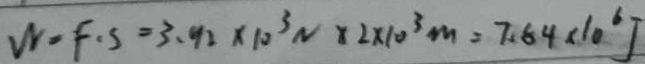
W = F . S = 3 . 9 2 \times 1 0 ^ { 3 } N \times 2 \times 1 0 ^ { 3 } m = 7 . 8 4 \times 1 0 ^ { 6 } J